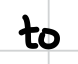
Text: to
Cross-out: clean
Writing tool: digital_black